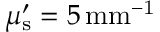
\mu _ { \mathrm { s } } ^ { \prime } = 5 \, \mathrm { { m m } ^ { - 1 } }